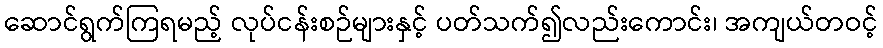
ဆောင်ရွက်ကြရမည့် လုပ်ငန်းစဉ်များနှင့် ပတ်သက်၍လည်းကောင်း၊ အကျယ်တဝင့်